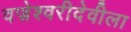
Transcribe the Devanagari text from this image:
वज्रेश्वरीदेवीला